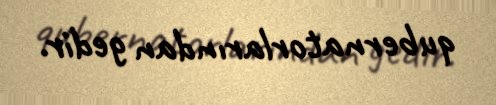
qubernatorlarından gedir.